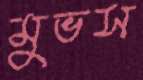
মুভস